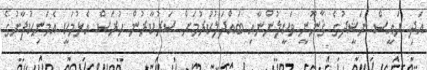
އަދި ރައީސް ނަޝީދުގެ ޤާނޫނީ ވަކީލުންނާއި ބައްދަލުކުރުމަށް ސަރުކާރުން ހުރަސް އެޅުމަކީ އެމަނިކުފާނުގެ